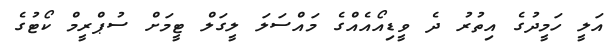
އަލީ ހަމީދުގެ އިތުރު ދެ ވީޑިއޯއެއްގެ މައްސަލަ ލީގަލް ޓީމަށް ސުޕްރީމް ކޯޓުގެ